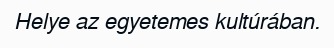
Helye az egyetemes kultúrában.